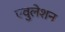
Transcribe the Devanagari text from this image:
एवुलेशन